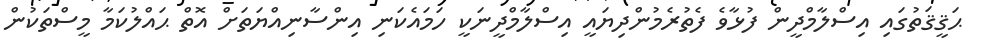
ޙަޤީޤަތުގައި އިސްލާމްދީން ފުޅާވެ ފެތުރެމުންދިޔައީ އިސްލާމްދީނަކީ ހަމައެކަނި އިންސާނިއްޔަތަށް އޮތް ޙައްލުކަމާ މީސްތަކުން